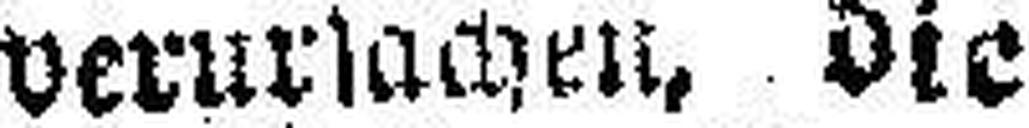
verursachen, die